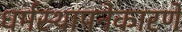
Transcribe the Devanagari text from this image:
धर्मस्थापनेकारणे